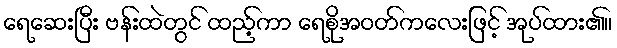
ရေဆေးပြီး ဗန်းထဲတွင် ထည့်ကာ ရေစိုအဝတ်ကလေးဖြင့် အုပ်ထား၏။